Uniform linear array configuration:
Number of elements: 64
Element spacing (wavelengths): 0.5
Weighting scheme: binomial
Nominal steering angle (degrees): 0
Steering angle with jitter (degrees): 0.7154
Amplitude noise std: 0.05
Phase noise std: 0.05

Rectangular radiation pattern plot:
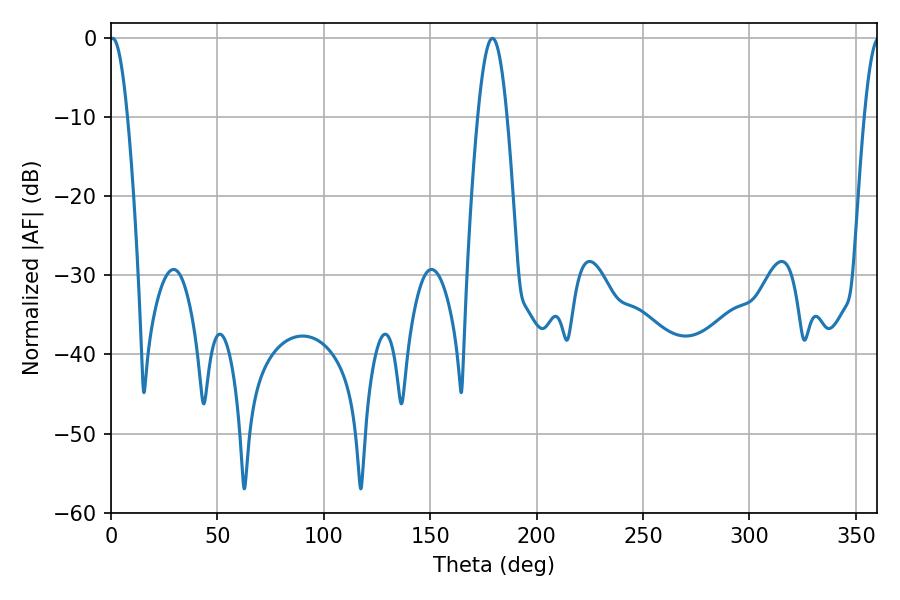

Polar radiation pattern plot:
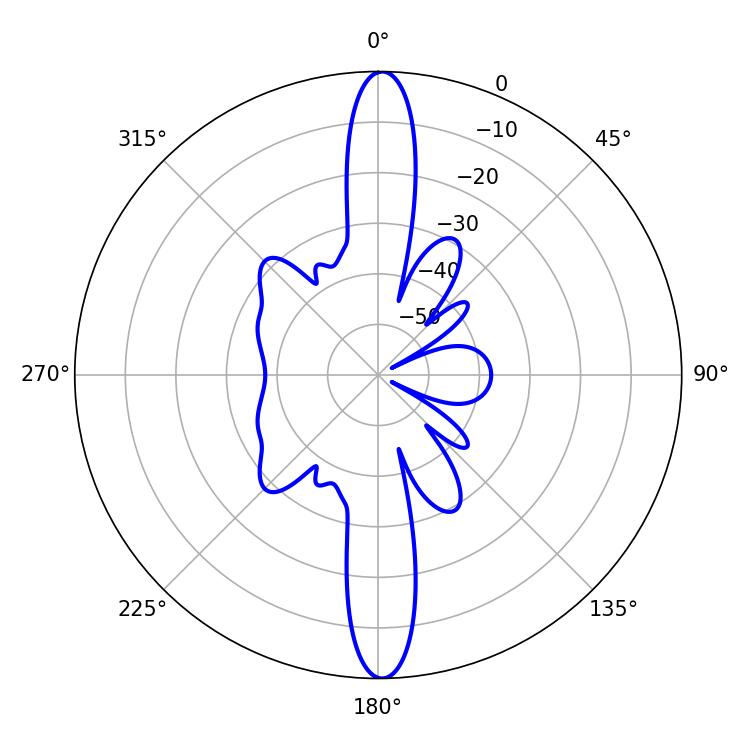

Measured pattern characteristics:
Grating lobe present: FALSE
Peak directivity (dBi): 27.693
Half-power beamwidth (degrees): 4.5
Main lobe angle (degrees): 0.72